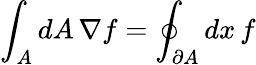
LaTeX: \int_{A}dA\, \nabla f=\oint_{\partial A}dx\, f